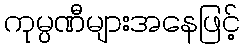
ကုမ္ပဏီများအနေဖြင့်